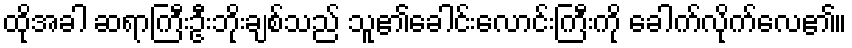
ထိုအခါ ဆရာကြီးဦးဘိုးချစ်သည် သူ၏ခေါင်းလောင်းကြီးကို ခေါက်လိုက်လေ၏။